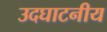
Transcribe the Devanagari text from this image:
उदघाटनीय